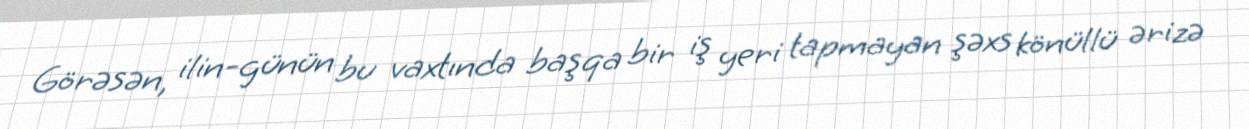
Görəsən, ilin-günün bu vaxtında başqa bir iş yeri tapmayan şəxs könüllü ərizə